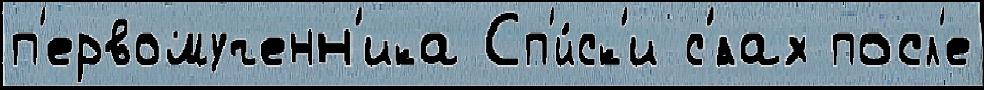
п'ервомученн'ика Сп'и́ск'и с'́лах посл'е